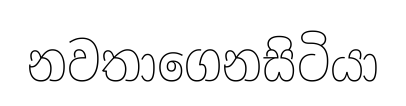
නවතාගෙනසිටියා